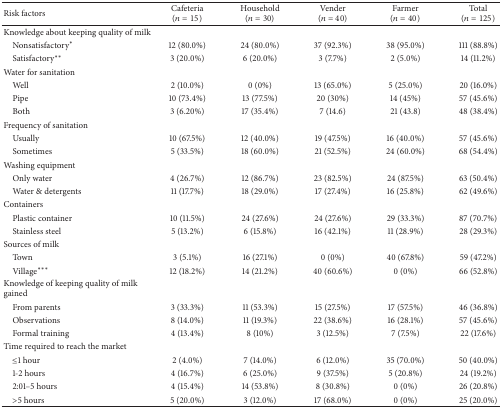
<table><thead><tr><td><b>Risk factors</b></td><td><b>Cafeteria(<i>n</i> = 15)</b></td><td><b>Household(<i>n</i> = 30)</b></td><td><b>Vender(<i>n</i> = 40)</b></td><td><b>Farmer(<i>n</i> = 40)</b></td><td><b>Total(<i>n</i> = 125)</b></td></tr></thead><tbody><tr><td>Knowledge about keeping quality of milk</td><td> </td><td> </td><td> </td><td> </td><td> </td></tr><tr><td> Nonsatisfactory<sup><i>∗</i></sup></td><td>12 (80.0%)</td><td>24 (80.0%)</td><td>37 (92.3%)</td><td>38 (95.0%)</td><td>111 (88.8%)</td></tr><tr><td> Satisfactory<sup><i>∗∗</i></sup></td><td>3 (20.0%)</td><td>6 (20.0%)</td><td>3 (7.7%)</td><td>2 (5.0%)</td><td>14 (11.2%)</td></tr><tr><td>Water for sanitation</td><td> </td><td> </td><td> </td><td> </td><td> </td></tr><tr><td> Well</td><td>2 (10.0%)</td><td>0 (0%)</td><td>13 (65.0%)</td><td>5 (25.0%)</td><td>20 (16.0%)</td></tr><tr><td> Pipe</td><td>10 (73.4%)</td><td>13 (77.5%)</td><td>20 (30%)</td><td>14 (45%)</td><td>57 (45.6%)</td></tr><tr><td> Both</td><td>3 (6.20%)</td><td>17 (35.4%)</td><td>7 (14.6)</td><td>21 (43.8)</td><td>48 (38.4%)</td></tr><tr><td>Frequency of sanitation</td><td> </td><td> </td><td> </td><td> </td><td> </td></tr><tr><td> Usually</td><td>10 (67.5%)</td><td>12 (40.0%)</td><td>19 (47.5%)</td><td>16 (40.0%)</td><td>57 (45.6%)</td></tr><tr><td> Sometimes</td><td>5 (33.5%)</td><td>18 (60.0%)</td><td>21 (52.5%)</td><td>24 (60.0%)</td><td>68 (54.4%)</td></tr><tr><td>Washing equipment</td><td> </td><td> </td><td> </td><td> </td><td> </td></tr><tr><td> Only water</td><td>4 (26.7%)</td><td>12 (86.7%)</td><td>23 (82.5%)</td><td>24 (87.5%)</td><td>63 (50.4%)</td></tr><tr><td> Water &amp; detergents</td><td>11 (17.7%)</td><td>18 (29.0%)</td><td>17 (27.4%)</td><td>16 (25.8%)</td><td>62 (49.6%)</td></tr><tr><td>Containers</td><td> </td><td> </td><td> </td><td> </td><td> </td></tr><tr><td> Plastic container</td><td>10 (11.5%)</td><td>24 (27.6%)</td><td>24 (27.6%)</td><td>29 (33.3%)</td><td>87 (70.7%)</td></tr><tr><td> Stainless steel</td><td>5 (13.2%)</td><td>6 (15.8%)</td><td>16 (42.1%)</td><td>11 (28.9%)</td><td>28 (29.3%)</td></tr><tr><td>Sources of milk</td><td> </td><td> </td><td> </td><td> </td><td> </td></tr><tr><td> Town</td><td>3 (5.1%)</td><td>16 (27.1%)</td><td>0 (0%)</td><td>40 (67.8%)</td><td>59 (47.2%)</td></tr><tr><td> Village<sup><i>∗∗∗</i></sup></td><td>12 (18.2%)</td><td>14 (21.2%)</td><td>40 (60.6%)</td><td>0 (0%)</td><td>66 (52.8%)</td></tr><tr><td>Knowledge of keeping quality of milk gained</td><td> </td><td> </td><td> </td><td> </td><td> </td></tr><tr><td> From parents</td><td>3 (33.3%)</td><td>11 (53.3%)</td><td>15 (27.5%)</td><td>17 (57.5%)</td><td>46 (36.8%)</td></tr><tr><td> Observations</td><td>8 (14.0%)</td><td>11 (19.3%)</td><td>22 (38.6%)</td><td>16 (28.1%)</td><td>57 (45.6%)</td></tr><tr><td> Formal training</td><td>4 (13.4%)</td><td>8 (10%)</td><td>3 (12.5%)</td><td>7 (7.5%)</td><td>22 (17.6%)</td></tr><tr><td>Time required to reach the market</td><td> </td><td> </td><td> </td><td> </td><td> </td></tr><tr><td> ≤1 hour</td><td>2 (4.0%)</td><td>7 (14.0%)</td><td>6 (12.0%)</td><td>35 (70.0%)</td><td>50 (40.0%)</td></tr><tr><td> 1-2 hours</td><td>4 (16.7%)</td><td>6 (25.0%)</td><td>9 (37.5%)</td><td>5 (20.8%)</td><td>24 (19.2%)</td></tr><tr><td> 2:01–5 hours</td><td>4 (15.4%)</td><td>14 (53.8%)</td><td>8 (30.8%)</td><td>0 (0%)</td><td>26 (20.8%)</td></tr><tr><td> &gt;5 hours</td><td>5 (20.0%)</td><td>3 (12.0%)</td><td>17 (68.0%)</td><td>0 (0%)</td><td>25 (20.0%)</td></tr></tbody></table>